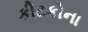
કીટકોના